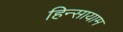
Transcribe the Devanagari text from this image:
हिन्सायाम